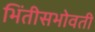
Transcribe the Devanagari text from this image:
भिंतीसभोवती